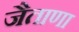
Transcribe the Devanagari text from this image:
जैताणा